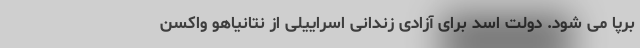
برپا می شود. دولت اسد برای آزادی زندانی اسراییلی از نتانیاهو واکسن